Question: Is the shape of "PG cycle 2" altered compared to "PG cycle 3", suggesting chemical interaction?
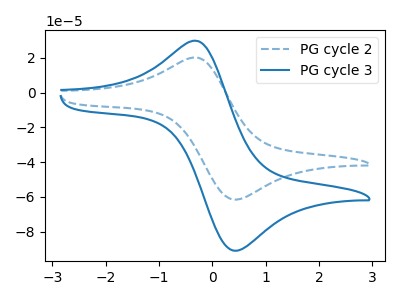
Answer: <think>The blue dashed curve "PG cycle 2" has an anodic peak at (-0.25V, 20.00uA) and a cathodic peak at (0.40V, -61.55uA). The blue curve "PG cycle 3" has an anodic peak at (-0.25V, 29.55uA) and a cathodic peak at (0.40V, -90.95uA).
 All the peaks in "PG cycle 2" have a peak in "PG cycle 3" at the same potential. Every peak in "PG cycle 2" is lower than every peak in "PG cycle 3".</think>
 <answer>No, "PG cycle 2" and "PG cycle 3" don't appear to be significantly different in shape</answer>
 <eval>no_change</eval>